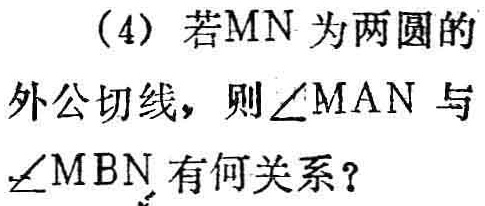
（4）若$MN$为两圆的外公切线，则$\angle MAN$与$\angle MBN$有何关系？